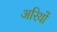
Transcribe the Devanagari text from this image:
अरियों